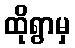
ထိုရွာမှ